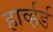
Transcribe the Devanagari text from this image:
हार्व्हर्ड